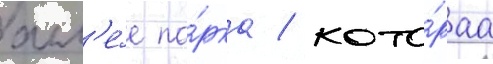
алл'е́е па́рка / кото́раа